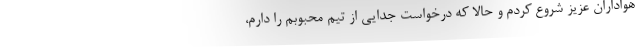
هواداران عزیز شروع کردم و حالا که درخواست جدایی از تیم محبوبم را دارم،